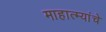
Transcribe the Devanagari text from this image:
माहात्म्यांचे